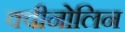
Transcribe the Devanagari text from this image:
क्वीनोलिन